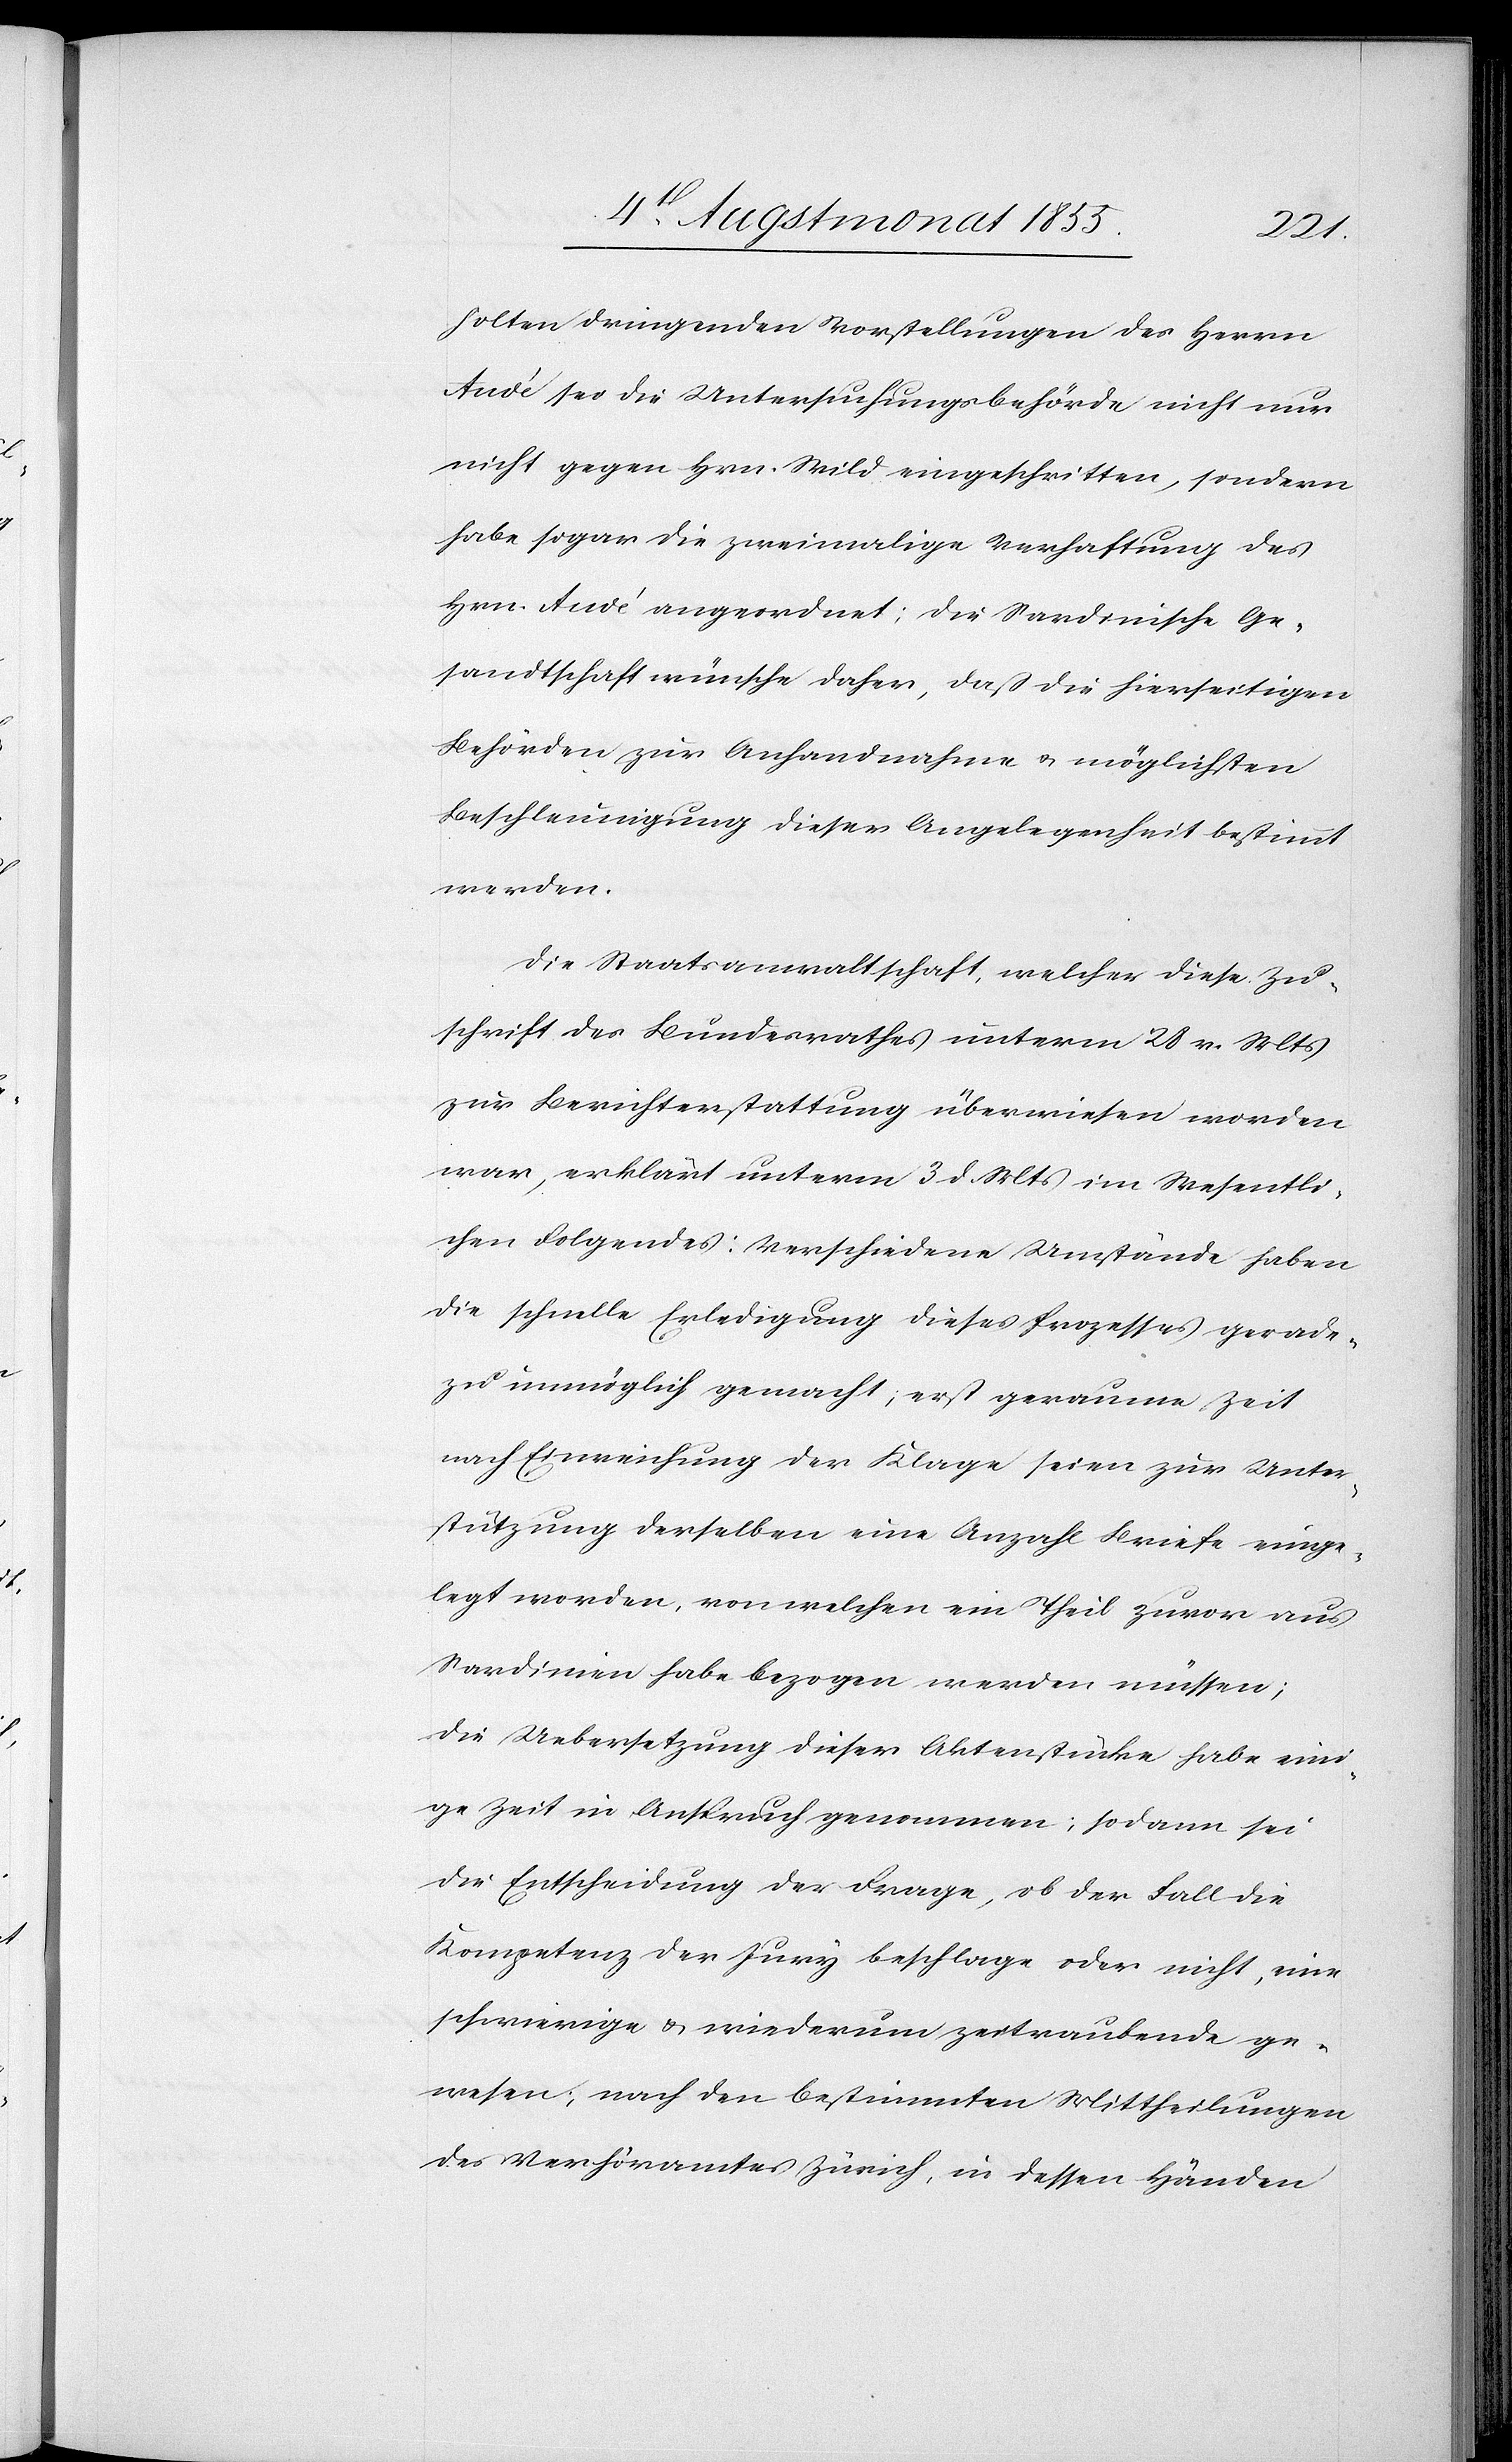
holten dringenden Vorstellungen des Herrn
Audé sei die Untersuchungsbehörde nicht nur
nicht gegen Hrn. Wild eingeschritten, sondern
habe sogar die zweimalige Verhaftung des
Hrn. Audé angeordnet; die Sardinische Ge¬
sandtschaft wünsche daher, daß die hierseitigen
Behörden zur Anhandnahme & möglichsten
Beschleunigung dieser Angelegenheit bestimmt
werden.
Die Staatsanwaltschaft, welcher diese Zu¬
schrift des Bundesrathes unterm 28 v. Mts
zur Berichterstattung überwiesen worden
war, erklärt unterm 3 d. Mts im Wesentli¬
chen Folgendes: Verschiedene Umstände haben
die schnelle Erledigung dieses Prozesses gerade¬
zu unmöglich gemacht; erst geraume Zeit
nach Einreichung der Klage seien zur Unter¬
stützung derselben eine Anzahl Briefe einge¬
legt worden, von welchen ein Theil zuvor aus
Sardinien habe bezogen werden müssen;
die Uebersetzung dieser Aktenstücke habe ein¬
ige Zeit in Anspruch genommen; sodann sei
die Entscheidung der Frage, ob der Fall die
Kompetenz der Jury beschlage oder nicht, eine
schwierige & wiederum zeitraubende ge¬
wesen; nach den bestimmten Mittheilungen
des Verhöramtes Zürich, in dessen Händen